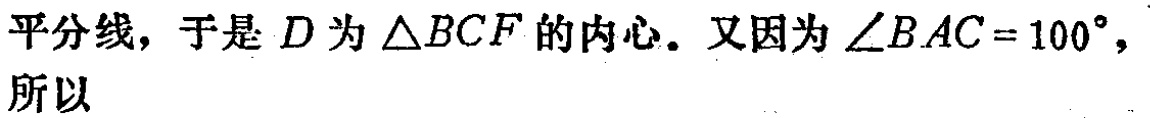
平分线，于是 \(D\) 为 \(\triangle BCF\) 的内心。又因为 \(\angle BAC = 100^{\circ}\)，所以